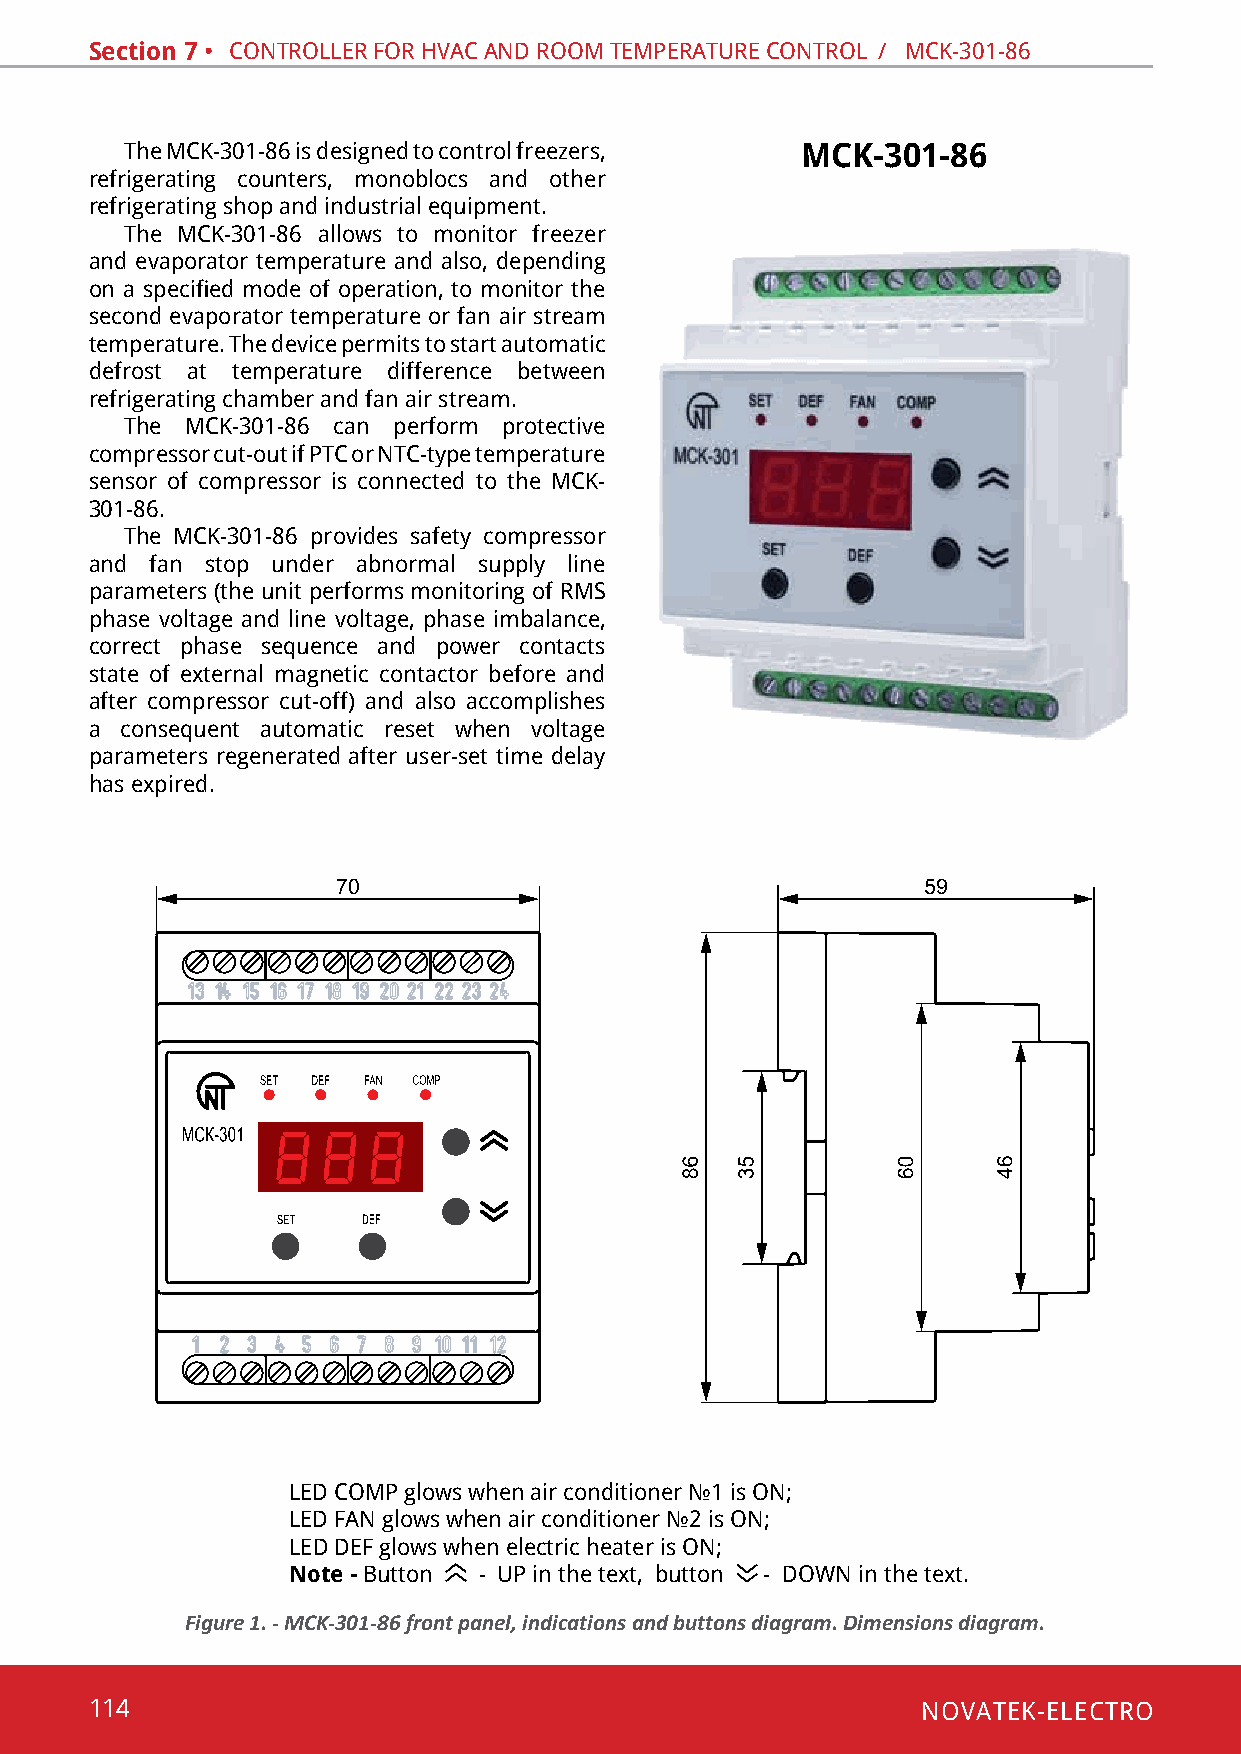
Section 7 • contRolleR foR hvac and Room tempeRatuRe contRol / mcK-301-86
 the mcK-301-86 is designed to control freezers, MCK-301-86
 refrigerating counters, monoblocs and other
 refrigerating shop and industrial equipment.
 the mcK-301-86 allows to monitor freezer
 and evaporator temperature and also, depending
 on a specified mode of operation, to monitor the
 second evaporator temperature or fan air stream
 temperature. the device permits to start automatic
 defrost at temperature difference between
 refrigerating chamber and fan air stream.
 the mcK-301-86 can perform protective
 compressor cut-out if ptc or ntc-type temperature
 sensor of compressor is connected to the mcK-
 301-86.
 the mcK-301-86 provides safety compressor
 and fan stop under abnormal supply line
 parameters (the unit performs monitoring of Rms
 phase voltage and line voltage, phase imbalance,
 correct phase sequence and power contacts
 state of external magnetic contactor before and
 after compressor cut-off) and also accomplishes
 a consequent automatic reset when voltage
 parameters regenerated after user-set time delay
 has expired.
 LED COMP glows when air conditioner №1 is ON;
 LED FAN glows when air conditioner №2 is ON;
 led def glows when electric heater is on;
 Note - button - UP in the text, button - DOWN in the text.
 Figure 1. - MCK-301-86 front panel, indications and buttons diagram. Dimensions diagram.
 114                                                    NOVATEK-ELECTRO